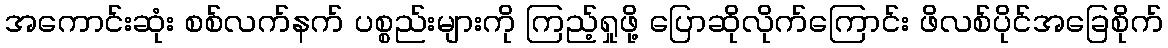
အကောင်းဆုံး စစ်လက်နက် ပစ္စည်းများကို ကြည့်ရှုဖို့ ပြောဆိုလိုက်ကြောင်း ဖိလစ်ပိုင်အခြေစိုက်